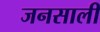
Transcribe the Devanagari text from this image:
जनसाली